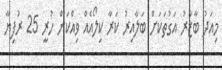
މިއަދު ބާޒާރު އަގުތަކަށް ބަލާއިރު ކަރާ ކިލޯއެއް ވިއްކަން ހުރީ 25 ރުފިޔާ